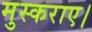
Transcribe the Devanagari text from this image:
मुस्कराए।